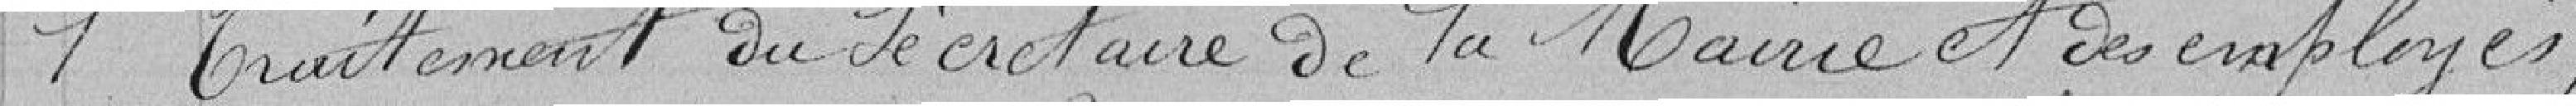
1 - Traitement du secrétaire de la Mairie et des employés